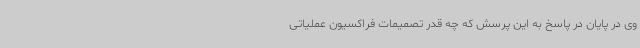
وی در پایان در پاسخ به این پرسش که چه قدر تصمیمات فراکسیون عملیاتی